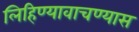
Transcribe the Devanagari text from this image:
लिहिण्यावाचण्यास